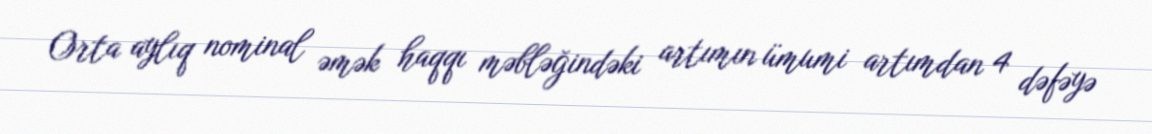
Orta aylıq nominal əmək haqqı məbləğindəki artımın ümumi artımdan 4 dəfəyə